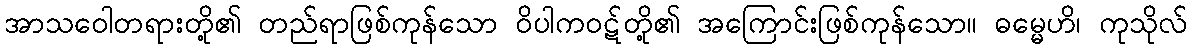
အာသဝေါတရားတို့၏ တည်ရာဖြစ်ကုန်သော ဝိပါကဝဋ်တို့၏ အကြောင်းဖြစ်ကုန်သော။ ဓမ္မေဟိ၊ ကုသိုလ်